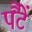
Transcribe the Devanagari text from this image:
पैंटें